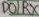
Text: D0/RX